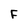
Character: F